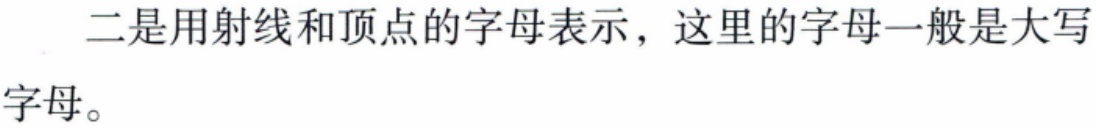
二是用射线和顶点的字母表示，这里的字母一般是大写字母。